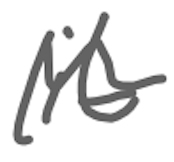
Text: it
Cross-out: wave
Writing tool: digital_gray